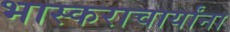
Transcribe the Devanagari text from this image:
भास्कराचार्यांना